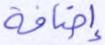
إضافة